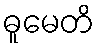
ဓူမေတိ